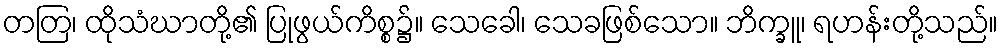
တတြ၊ ထိုသံဃာတို့၏ ပြုဖွယ်ကိစ္စ၌။ သေခေါ၊ သေခဖြစ်သော။ ဘိက္ခူ၊ ရဟန်းတို့သည်။